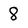
Character: 8